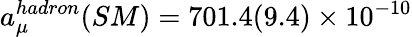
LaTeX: a_{\mu}^{hadron}(SM)=701.4(9.4)\times 10^{-10}